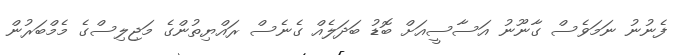
ފެނުނު ނަމަވެސް ގާނޫނު އަސާސީއަށް ބޮޑު ބަދަލެއް ގެނެސް ރައްޔިތުންގެ މަޖިލިސްގެ މެމްބަރުން